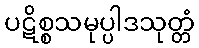
ပဋိစ္စသမုပ္ပါဒသုတ္တံ